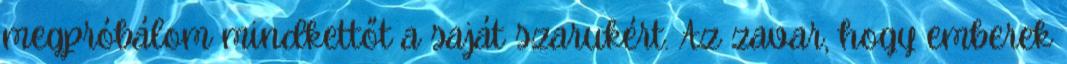
megpróbálom mindkettőt a saját szarukért. Az zavar, hogy emberek